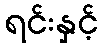
ရင်းနှင့်